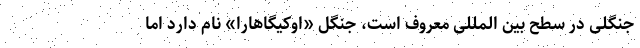
جنگلی در سطح بین المللی معروف است، جنگل «اوکیگاهارا» نام دارد اما